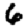
Digit: 6